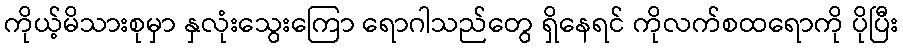
ကိုယ့်မိသားစုမှာ နှလုံးသွေးကြော ရောဂါသည်တွေ ရှိနေရင် ကိုလက်စထရောကို ပိုပြီး